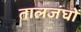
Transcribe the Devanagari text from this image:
तालजंघों